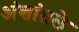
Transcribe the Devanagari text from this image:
अंशांतले